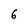
Character: 6